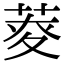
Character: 𦱏